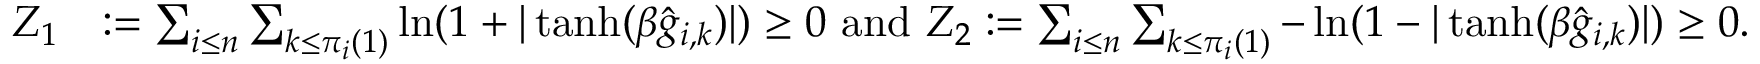
\begin{array} { r l } { Z _ { 1 } } & { : = \sum _ { i \le n } \sum _ { k \le \pi _ { i } ( 1 ) } \ln ( 1 + | \operatorname { t a n h } ( \beta \hat { g } _ { i , k } ) | ) \ge 0 \, \, \mathrm { a n d } \, \, Z _ { 2 } : = \sum _ { i \le n } \sum _ { k \le \pi _ { i } ( 1 ) } - \ln ( 1 - | \operatorname { t a n h } ( \beta \hat { g } _ { i , k } ) | ) \ge 0 . } \end{array}